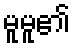
မူမူ၏